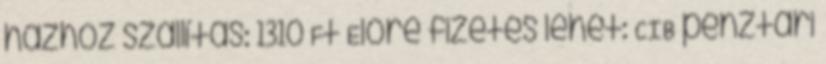
házhoz szállítás: 1310 Ft Előre fizetés lehet: CIB pénztári